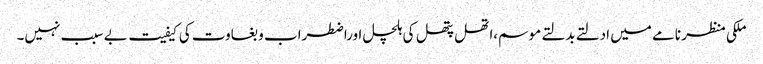
ملکی منظر نامے میں ادلتے بدلتے موسم،اتھل پتھل کی ہلچل اوراضطراب و بغاوت کی کیفیت بے سبب نہیں۔